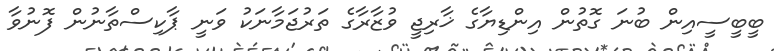
ބީބީސީއިން ބުނަ ގޮތުން އިންޑިޔާގެ ޚާރިޖީ ވުޒާރާގެ ތަރުޖަމާނަކު ވަނީ ޕާކިސްތާނުން ފޮނުވާ